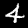
Label: 4